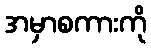
အမှာစကားကို